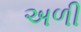
અળી